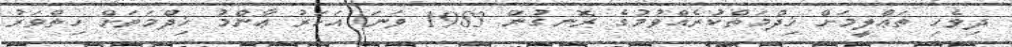
ދިވެހި ތަޢްލީމަށް ޚިދްމަތްކުރެއްވުމުގެ ރޮނގުން 1983 ވަނަ އަހަރު ޢާންމު ޚިދްމަތަށް ހިތްވަރު